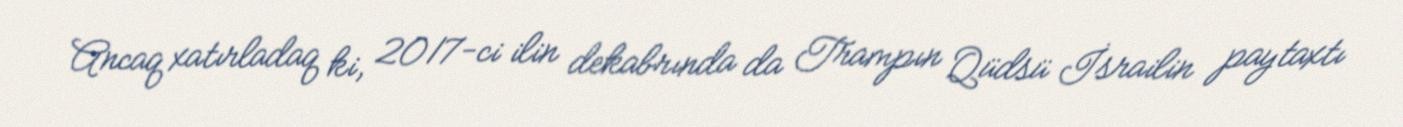
Ancaq xatırladaq ki, 2017-ci ilin dekabrında da Trampın Qüdsü İsrailin paytaxtı